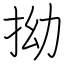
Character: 拗